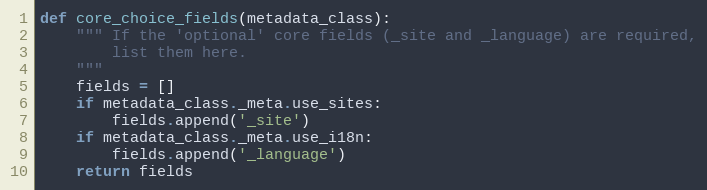
Language: Python
def core_choice_fields(metadata_class):
    """ If the 'optional' core fields (_site and _language) are required,
        list them here.
    """
    fields = []
    if metadata_class._meta.use_sites:
        fields.append('_site')
    if metadata_class._meta.use_i18n:
        fields.append('_language')
    return fields